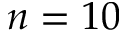
n = 1 0